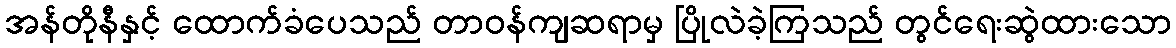
အန်တိုနီနှင့် ထောက်ခံပေသည် တာဝန်ကျဆရာမှ ပြိုလဲခဲ့ကြသည် တွင်ရေးဆွဲထားသော